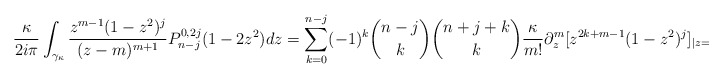
\begin{align*}\frac{\kappa}{2i\pi}\int_{\gamma_{\kappa}}\frac{z^{m-1}(1-z^2)^j}{(z-m)^{m+1}}P_{n-j}^{0,2j}(1-2z^2)dz = \sum_{k=0}^{n-j}(-1)^k\binom{n-j}{k}\binom{n+j+k}{k} \frac{\kappa}{m!}\partial_z^m[z^{2k+m-1}(1-z^2)^{j}]_{|z=\kappa}.\end{align*}